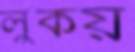
লুকয়